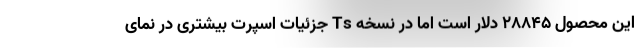
این محصول 28845 دلار است اما در نسخه Ts جزئیات اسپرت بیشتری در نمای